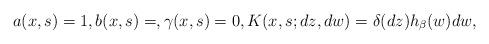
LaTeX: \begin{gather*}a(x,s) = 1, b(x,s) = , \gamma(x,s) = 0, K(x,s;dz,dw) = \delta(dz) h_\beta(w)dw,\end{gather*}